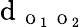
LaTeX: \textrm{d}_{\mathrm{~\scriptsize~O~}_{1}\mathrm{~\scriptsize~O~}_{2}}